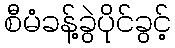
စီမံခန့်ခွဲပိုင်ခွင့်